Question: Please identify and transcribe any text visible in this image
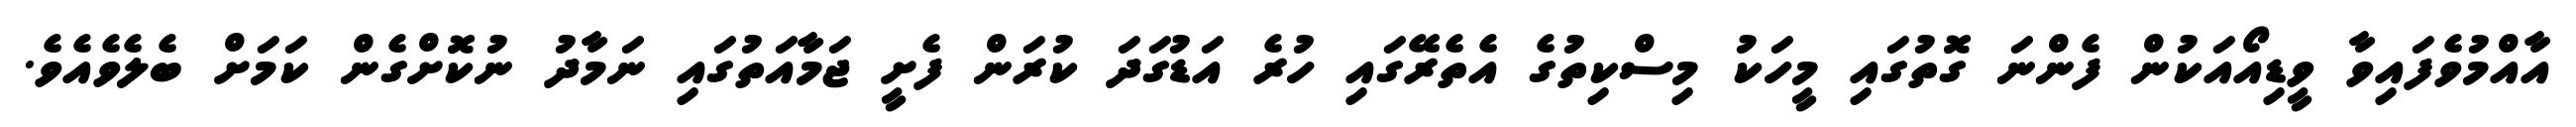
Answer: އާއްމުވެފައިވާ ވީޑިއޯއަކުން ފެންނަ ގޮތުގައި މީހަކު މިސްކިތުގެ އެތެރޭގައި ހުރެ އަޑުގަދަ ކުރަން ފެށީ ޖަމާއަތުގައި ނަމާދު ނުކޮށްގެން ކަމަށް ބެލެވެއެވެ.